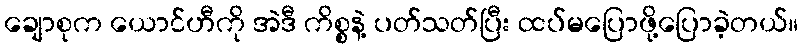
ချောစုက ယောင်ဟီကို အဲဒီ ကိစ္စနဲ့ ပတ်သတ်ပြီး ထပ်မပြောဖို့ပြောခဲ့တယ်။